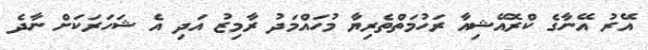
އޭރު އޭނާގެ ކްރޮއޭޝިއާ ރަހުމަތްތެރިޔާ މުހައްމަދު ރާމިޒު އަދި އެ ޝަހަރަކަށް ނާދެ